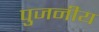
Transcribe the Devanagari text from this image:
पुजनीय